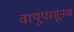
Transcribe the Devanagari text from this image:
वायूपासूनच